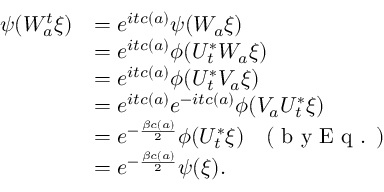
\begin{array} { r l } { \psi ( W _ { a } ^ { t } \xi ) } & { = e ^ { i t c ( a ) } \psi ( W _ { a } \xi ) } \\ & { = e ^ { i t c ( a ) } \phi ( U _ { t } ^ { * } W _ { a } \xi ) } \\ & { = e ^ { i t c ( a ) } \phi ( U _ { t } ^ { * } V _ { a } \xi ) } \\ & { = e ^ { i t c ( a ) } e ^ { - i t c ( a ) } \phi ( V _ { a } U _ { t } ^ { * } \xi ) } \\ & { = e ^ { - \frac { \beta c ( a ) } { 2 } } \phi ( U _ { t } ^ { * } \xi ) ~ ~ ~ ( \textrm { b y E q . } ) } \\ & { = e ^ { - \frac { \beta c ( a ) } { 2 } } \psi ( \xi ) . } \end{array}